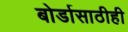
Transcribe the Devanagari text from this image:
बोर्डासाठीही